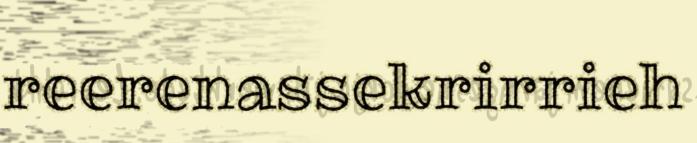
reerenassekrirrieh